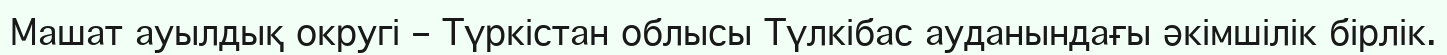
Машат ауылдық округі – Түркістан облысы Түлкібас ауданындағы әкімшілік бірлік.